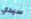
سيدي